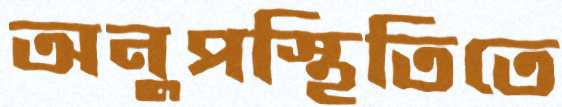
অনুপস্থিতিতে